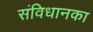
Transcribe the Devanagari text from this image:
संविधानका